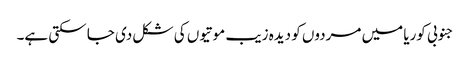
جنوبی کوریا میں مردوں کو دیدہ زیب موتیوں کی شکل دی جا سکتی ہے۔